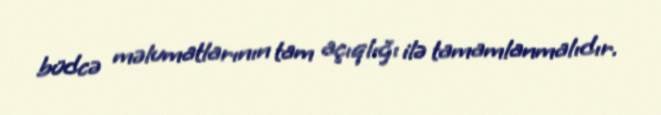
büdcə məlumatlarının tam açıqlığı ilə tamamlanmalıdır.